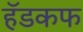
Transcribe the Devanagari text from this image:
हॅडकफ